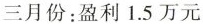
三月份：盈利1.5万元